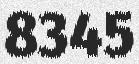
8345